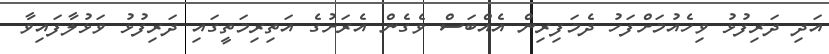
އަދި ދަރިފުޅު ވިހެއުމަށްފަހު ދެމަފިރިން އެއްބަސް ވެގެން އެރަށުގެ އަތިރިމަތީގައި ދަރިފުޅު ވަޅުލާފައިވާ